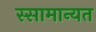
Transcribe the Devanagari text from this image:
स्सामान्यत